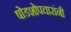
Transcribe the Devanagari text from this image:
षोडशोपचारांनी